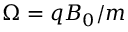
\Omega = q B _ { 0 } / m